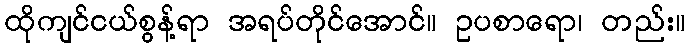
ထိုကျင်ငယ်စွန့်ရာ အရပ်တိုင်အောင်။ ဥပစာရော၊ တည်း။